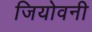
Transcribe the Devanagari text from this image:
जियोवनी